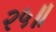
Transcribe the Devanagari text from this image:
२५॥